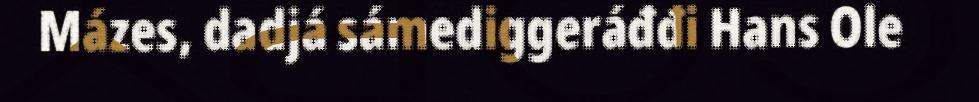
Mázes, dadjá sámediggeráđđi Hans Ole